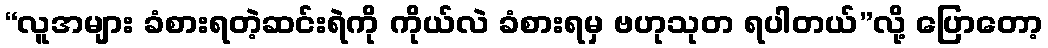
“လူအများ ခံစားရတဲ့ဆင်းရဲကို ကိုယ်လဲ ခံစားရမှ ဗဟုသုတ ရပါတယ်”လို့ ပြောတော့